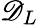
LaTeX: \mathscr{D}_{L}